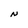
Character: N